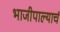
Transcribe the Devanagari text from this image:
भाजीपाल्याचं